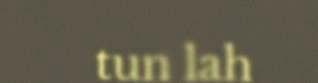
tun lah